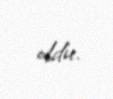
oldu.